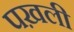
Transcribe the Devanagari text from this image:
पख़ली